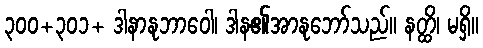
၃၀၀+၃၀၁+ ဒါနာနုဘာဝေါ၊ ဒါန၏အာနုဘော်သည်။ နတ္ထိ၊ မရှိ။